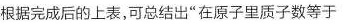
根据完成后的上表，可总结出”在原子里质子数等于